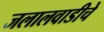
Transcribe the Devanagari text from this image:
जलालवाडीचे